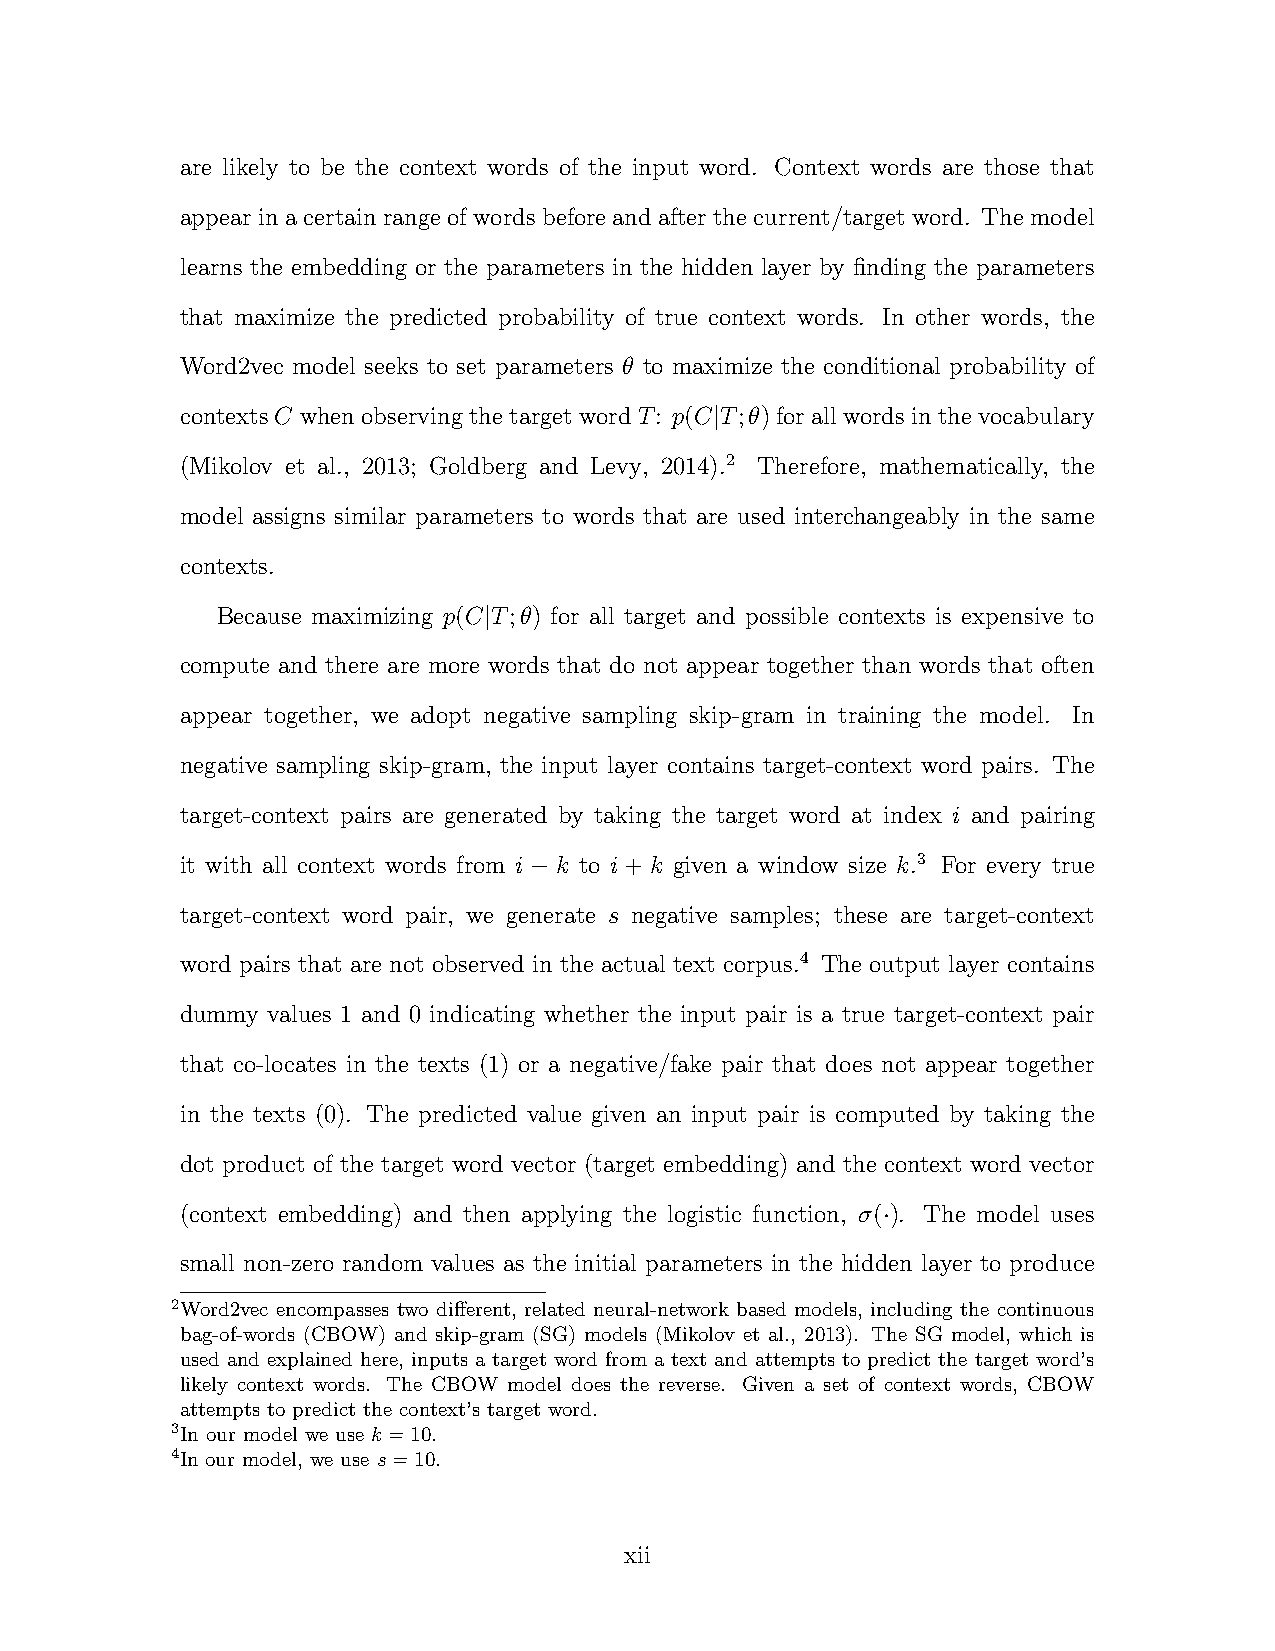
are likely to be the context words of the input word. Context words are those that
 appear in a certain range of words before and after the current/target word. The model
 learns the embedding or the parameters in the hidden layer by finding the parameters
 that maximize the predicted probability of true context words. In other words, the
 Word2vec model seeks to set parameters θ to maximize the conditional probability of
 contexts C when observing the target word T: p(C|T;θ) for all words in the vocabulary
 (Mikolov et al., 2013; Goldberg and Levy, 2014).2 Therefore, mathematically, the
 model assigns similar parameters to words that are used interchangeably in the same
 contexts.
 Because maximizing p(C|T;θ) for all target and possible contexts is expensive to
 compute and there are more words that do not appear together than words that often
 appear together, we adopt negative sampling skip-gram in training the model. In
 negative sampling skip-gram, the input layer contains target-context word pairs. The
 target-context pairs are generated by taking the target word at index i and pairing
 it with all context words from i − k to i + k given a window size k.3 For every true
 target-context word pair, we generate s negative samples; these are target-context
 word pairs that are not observed in the actual text corpus.4 The output layer contains
 dummy values 1 and 0 indicating whether the input pair is a true target-context pair
 that co-locates in the texts (1) or a negative/fake pair that does not appear together
 in the texts (0). The predicted value given an input pair is computed by taking the
 dot product of the target word vector (target embedding) and the context word vector
 (context embedding) and then applying the logistic function, σ(·). The model uses
 small non-zero random values as the initial parameters in the hidden layer to produce
 2Word2vec encompasses two different, related neural-network based models, including the continuous
 bag-of-words (CBOW) and skip-gram (SG) models (Mikolov et al., 2013). The SG model, which is
 used and explained here, inputs a target word from a text and attempts to predict the target word’s
 likely context words. The CBOW model does the reverse. Given a set of context words, CBOW
 attempts to predict the context’s target word.
 3In our model we use k =10.
 4In our model, we use s=10.
 xii